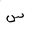
Letter: _sin